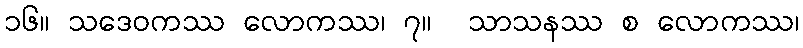
၁၆။ သဒေဝကဿ လောကဿ၊ ၇။  သာသနဿ စ လောကဿ၊